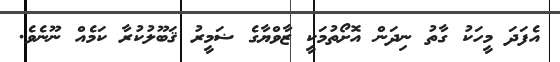
އެފަދަ މީހަކު ގާތު ނިދަން އޮށޯތުމަކީ ޒާވްޔާގެ ޟަމީރު ޤަބޫލުކުރާ ކަމެއް ނޫނެވެ.